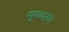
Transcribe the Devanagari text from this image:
मुथ्थरम